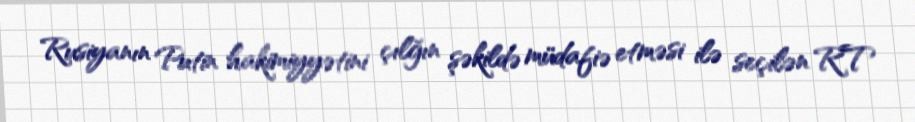
Rusiyanın Putin hakimiyyətini çılğın şəkildə müdafiə etməsi ilə seçilən RT